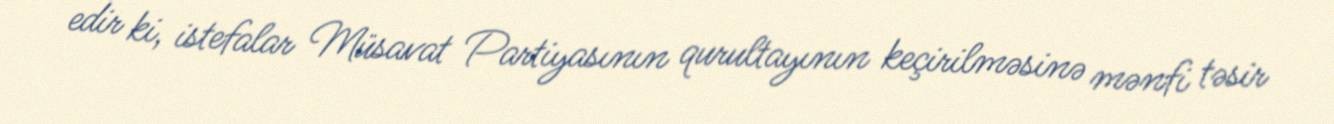
edir ki, istefalar Müsavat Partiyasının qurultayının keçirilməsinə mənfi təsir